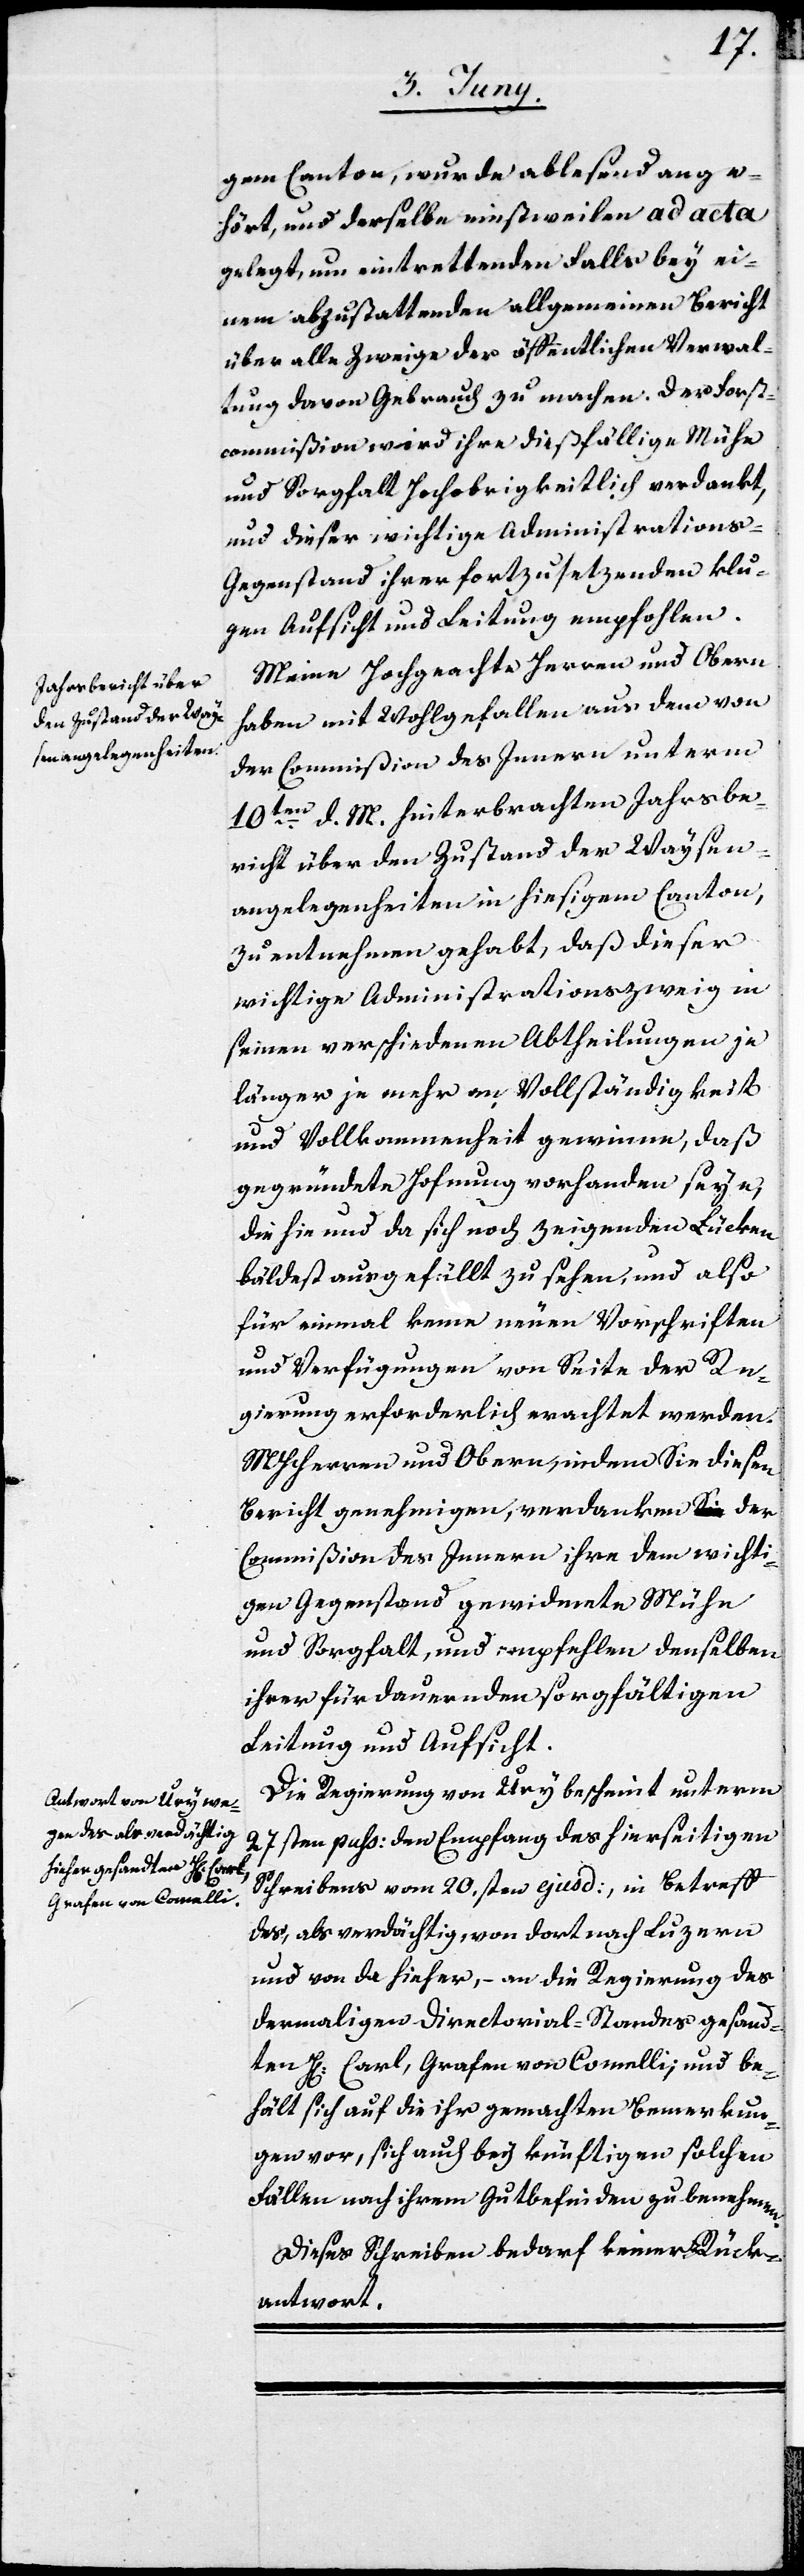
gem Canton, wurden ablesend ange¬
hört, und derselbe einstweilen ad acta
gelegt, um eintrettenden Falls bey ei¬
nem abzustattenden allgemeinen Bericht
über alle Zweige der öffentlichen Verwal¬
tung davon Gebrauch zu machen. Der Forst¬
commißion wird ihre dießfällige Mühe
und Sorgfalt Hochobrigkeitlich verdankt,
und dieser wichtige Administrations-G¬
egenstand ihrer fortzusetzenden klu¬
gen Aufsicht und Leitung empfohlen.
Meine Hochgeachte Herren und Obern
haben mit Wohlgefallen aus dem von
der Commißion des Innern unterm
10ten d. M. hinterbrachten Jahrsbe¬
richt über den Zustand der Waysen¬
angelegenheiten in hiesigem Canton,
zu entnehmen gehabt, daß dieser
wichtige Administrationszweig in
seinen verschiedenen Abtheilungen je
länger je mehr an Vollständigkeit
und Vollkommenheit gewinne, daß
gegründete Hoffnung vorhanden seye,
die hie und da sich noch zeigenden Lücken
bäldest ausgefüllt zu sehen, und also
für einmal keine neuen Vorschriften
und Verfügungen von Seite der Re¬
gierung erforderlich erachtet werden.
MHHerren und Obern, in dem sie diesen
Bericht genehmigen, verdanken der
Commißion des Innern ihre dem wichti¬
gen Gegenstand gewidmete Mühe
und Sorgfalt, und empfehlen denselben
ihrer fürdauernden sorgfältigen
Leitung und Aufsicht.
Die Regierung von Ury bescheint unterm
27sten pass. den Empfang des hierseitigen
Schreibens vom 20.sten ejusd., in Betreff
des, als verdächtig, von dort nach Luzern
und von da hieher, – an die Regierung des
dermaligen Directorial-Standes gesand¬
ten H[errn] Carl, Grafen von Comelli; und be¬
hält sich auf die ihr gemachten Bemerkun¬
gen vor, sich auch bey künftigen solchen
Fällen nach ihrem Gutbefinden zu benehmen.
Dieses Schreiben bedarf keiner Rück¬
antwort.